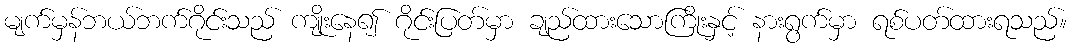
မျက်မှန်ဘယ်ဘက်ဂိုင်းသည် ကျိုးနေ၍ ဂိုင်းပြတ်မှာ ချည်ထားသောကြိုးနှင့် နားရွက်မှာ ရစ်ပတ်ထားရသည်။